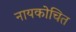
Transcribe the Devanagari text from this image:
नायकोचित